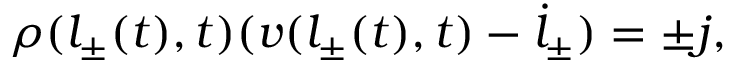
\rho ( l _ { \pm } ( t ) , t ) ( v ( l _ { \pm } ( t ) , t ) - \dot { l } _ { \pm } ) = \pm j ,